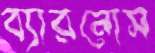
ব্যারনোস